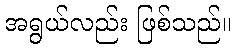
အရွယ်လည်း ဖြစ်သည်။